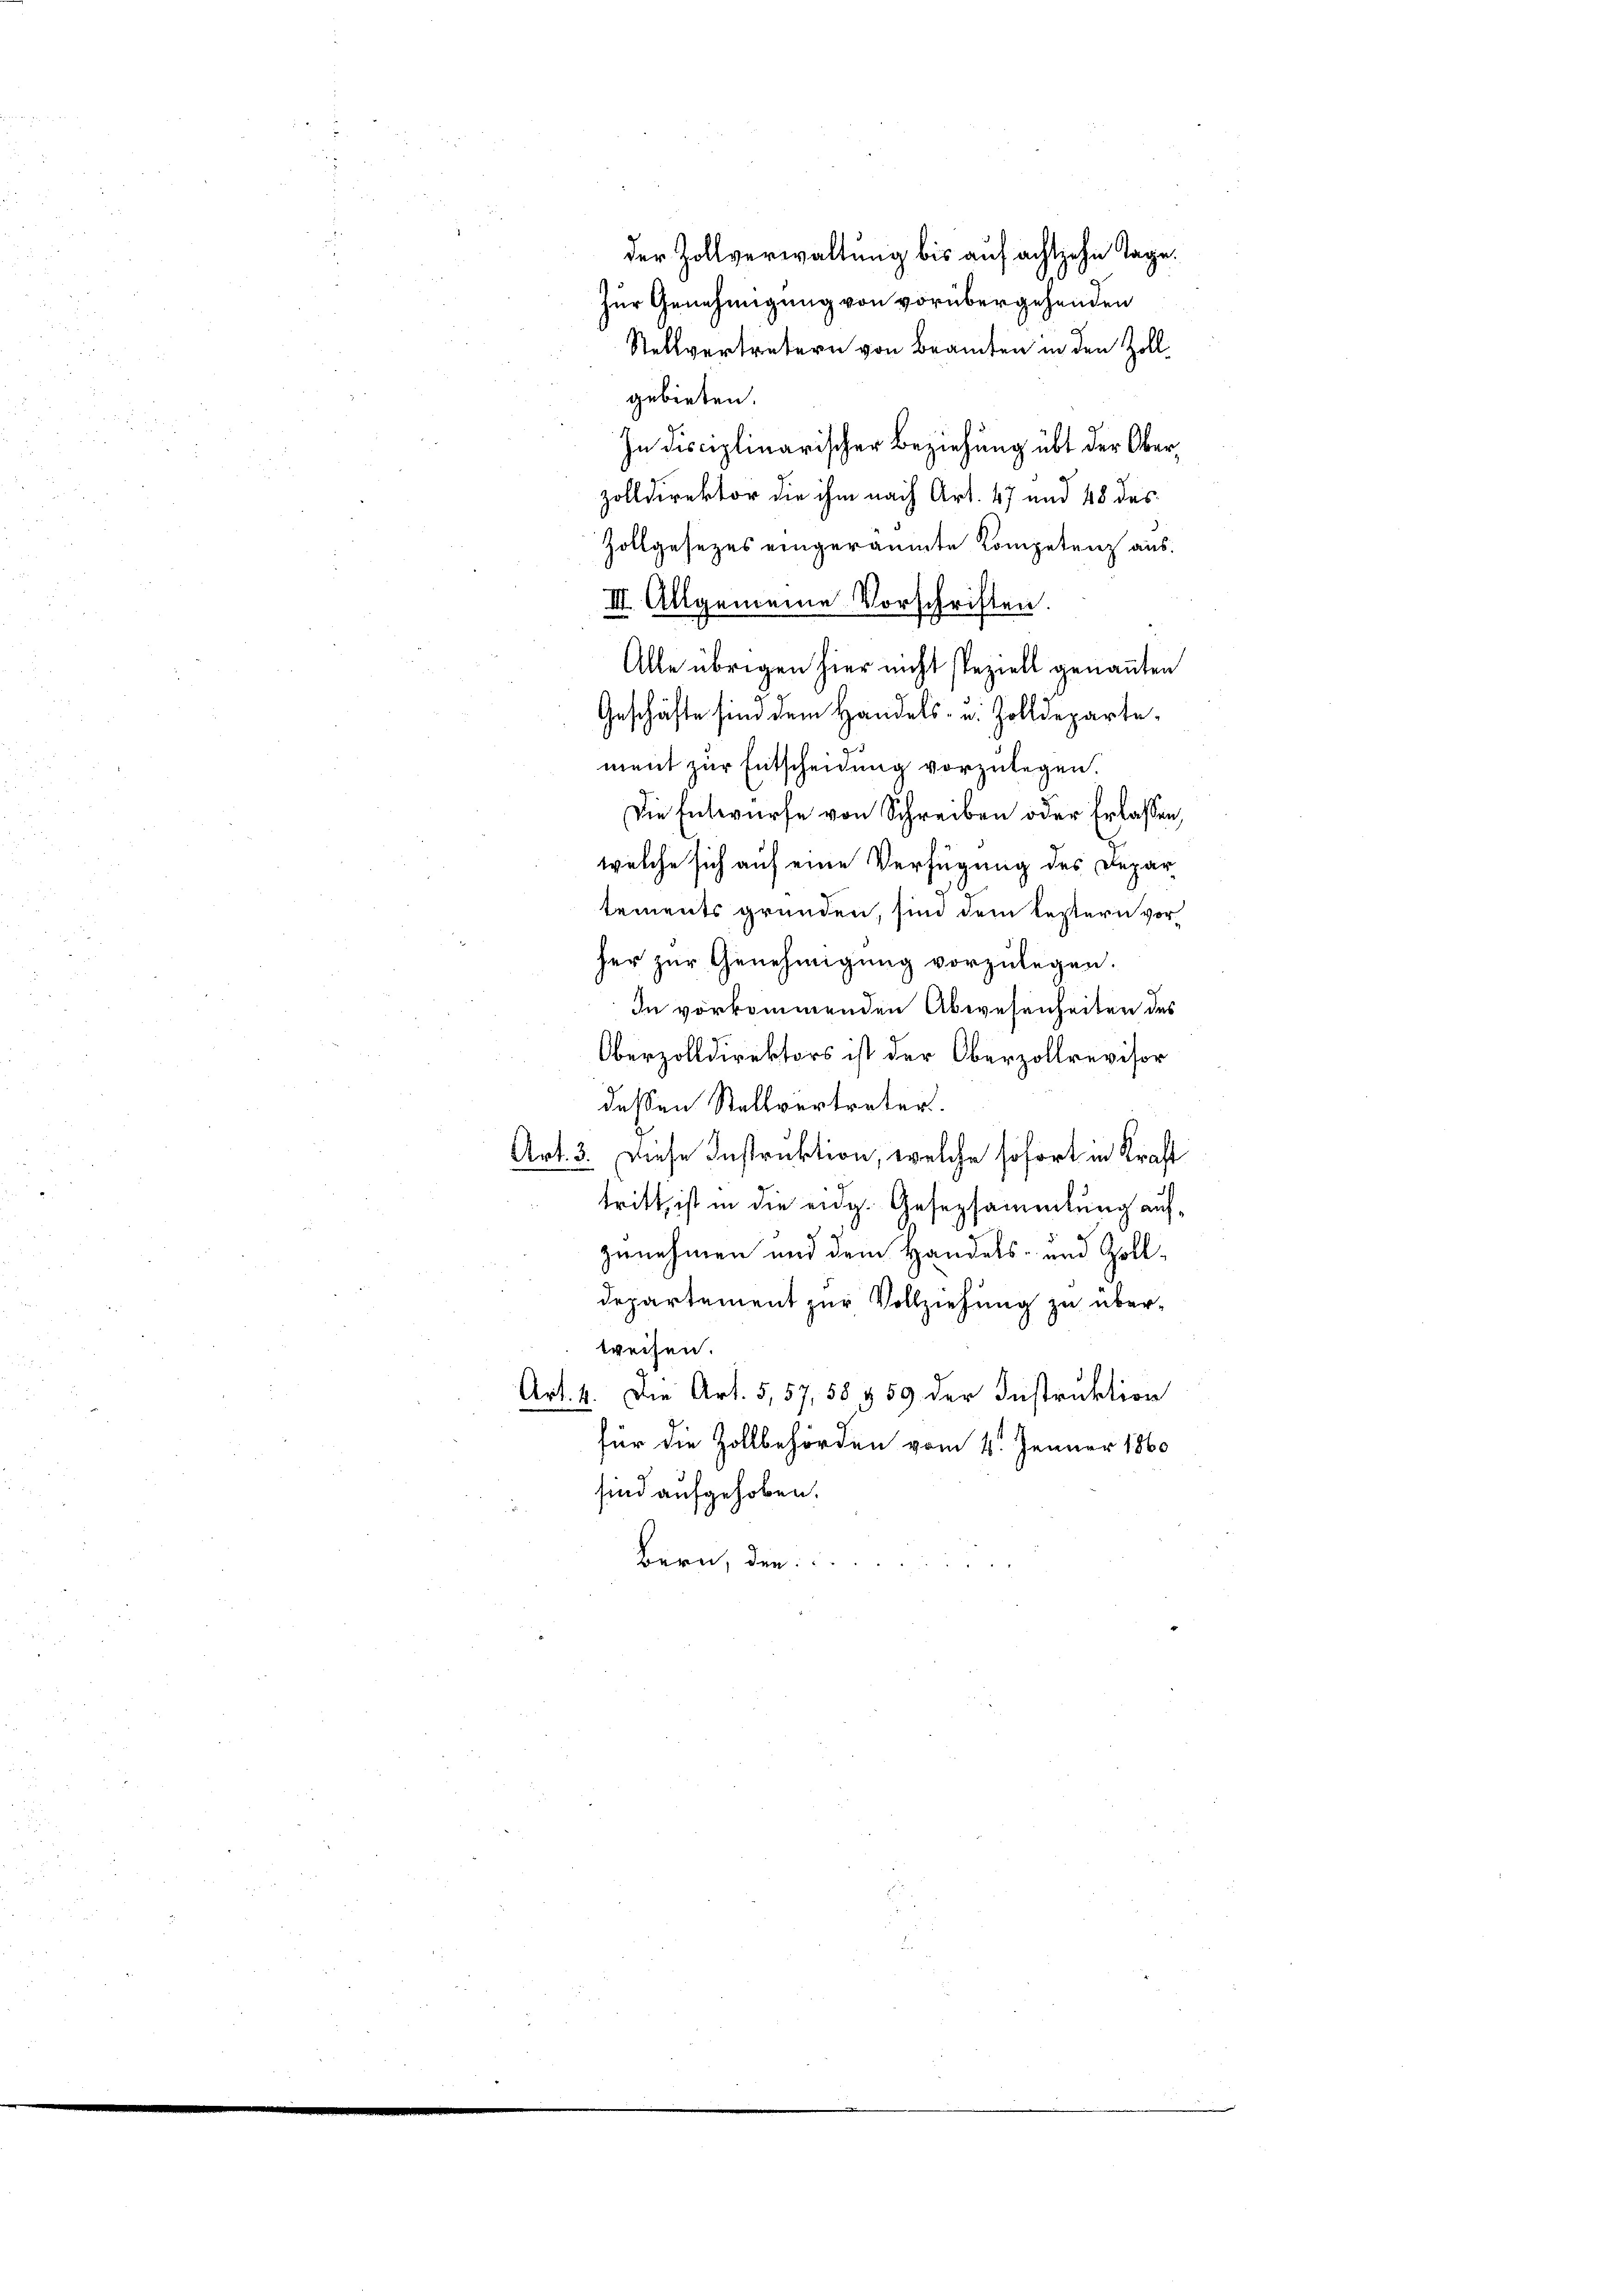
der Zollverwaltung bis auf achtzehn Tage.
Zur Genehmigung von vorübergehenden
Stellvertretern von Beamten in den Zollgebieten.
In Disciplinarischer Beziehung übt der Ober
zolldirektor die ihm nach Art. 47 und 48 des
Zollgesezes eingeräumte Kompetenz aus
III. Allgemeine Vorschriften
Alle übrigen hier nicht speziell genannten
Geschäfte sind dem Handels- u. Zolldeparte,
ment zur Entscheidung vorzulegen.
Die Entwurfe von Schreiben oder Erlassen,
welche sich auf eine Verfügung des Depar
tements gründen, sind dem leztern vor
her zur Genehmigung vorzulegen.
In vorkommenden Abwesenheiten des
Oberzolldirektors ist der Oberzollrevisor
dessen Stellvertreter
Art. 3. Diese Instruktion, welche sofort in Kraft
tritt, ist in die eidg. Gesersammlung aufzunehmen und dem Handels- und Zoll¬
Departement zur Vollziehung zu überweisen.
Art. 4. Die Art. 5,57,58 § 59 der Instruktion
für die Zollbehörden vom 4. Januar 1860
sind aufgehoben.
Bern, den